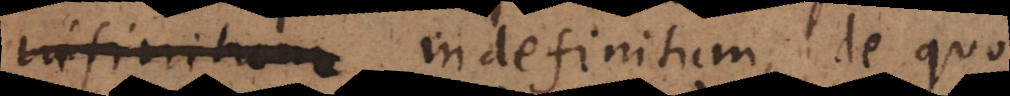
infinitum indefinitum, de quo